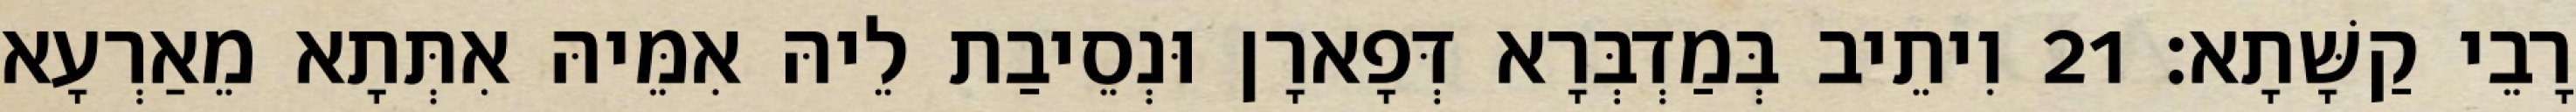
רָבֵי קַשָּׁתָא׃ 21 וִיתֵיב בְּמַדְבְּרָא דְּפָארָן וּנְסֵיבַת לֵיהּ אִמֵּיהּ אִתְּתָא מֵאַרְעָא